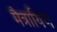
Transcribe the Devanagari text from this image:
मैत्रायिण